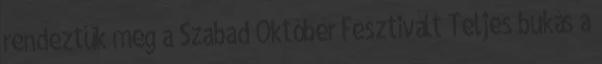
rendeztük meg a Szabad Október Fesztivált Teljes bukás a